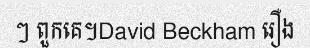
ៗ ពួកគេ។David Beckham រឿង